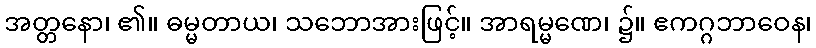
အတ္တနော၊ ၏။ ဓမ္မတာယ၊ သဘောအားဖြင့်။ အာရမ္မဏေ၊ ၌။ ဧကဂ္ဂဘာဝေန၊